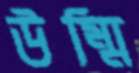
উম্মি